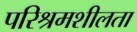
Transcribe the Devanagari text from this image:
परिश्रमशीलता